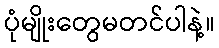
ပုံမျိုးတွေမတင်ပါနဲ့။